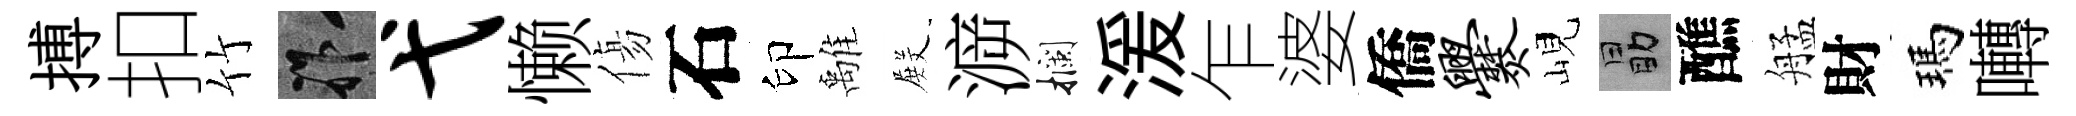
搏扣竹祚弋懒傷石印𩀌𭮺㴑攔湲乍婆僑爨峴勗醮艋財瑪囀